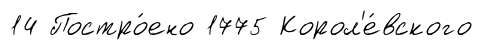
14 Постро́ено 1775 Корол'е́вского